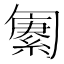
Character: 𫧆